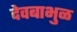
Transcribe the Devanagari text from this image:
देवबाभुळ